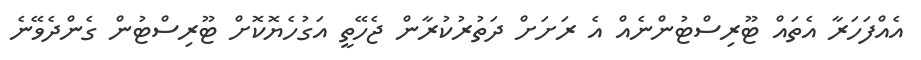
އެއްފަހަރާ އެތައް ޓޫރިސްޓުންނެއް އެ ރަށަށް ދަތުރުކުރާން ޖެހޭތީ އަގުހެޔޮކޮށް ޓޫރިސްޓުން ގެންދެވޭނެ